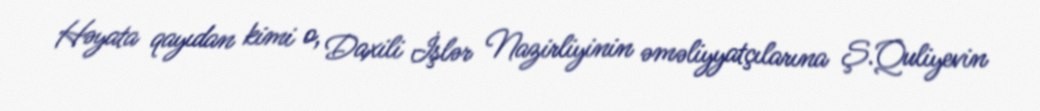
Həyata qayıdan kimi o, Daxili İşlər Nazirliyinin əməliyyatçılarına Ş.Quliyevin